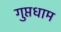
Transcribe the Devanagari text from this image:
गुप्तधाम